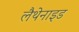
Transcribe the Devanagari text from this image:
लैथेनाइड